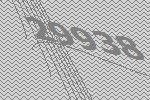
29938